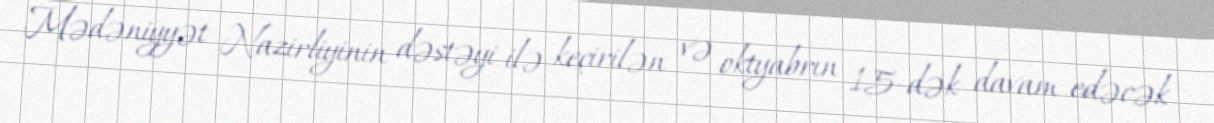
Mədəniyyət Nazirliyinin dəstəyi ilə keçirilən və oktyabrın 15-dək davam edəcək